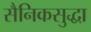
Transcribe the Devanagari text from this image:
सैनिकसुद्धा